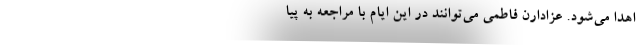
اهدا می‌شود. عزادارن فاطمی می‌توانند در این ایام با مراجعه به پیا